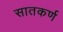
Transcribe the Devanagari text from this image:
सातकर्ण